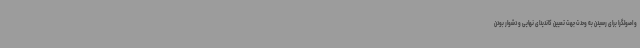
و اصولگرا برای رسیدن به وحدت جهت تعیین کاندیدای نهایی و دشوار بودن